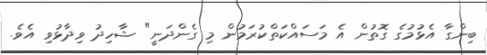
ބިންގާ އެޅުމުގެ ގޮތުން އެ މަސައްކަތްކުރަމުން މި ގެންދަނީ" ޝާހިދު ވިދާޅުވި އެވެ.